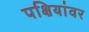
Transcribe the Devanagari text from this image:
पक्षियांवर